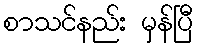
စာသင်နည်း မှန်ပြီ